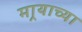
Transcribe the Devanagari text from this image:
मार्‍याच्या